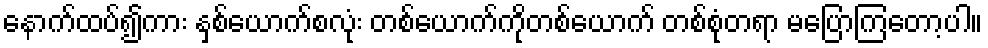
နောက်ထပ်၍ကား နှစ်ယောက်စလုံး တစ်ယောက်ကိုတစ်ယောက် တစ်စုံတရာ မပြောကြတော့ပါ။